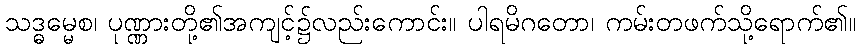
သဒ္ဓမ္မေစ၊ ပုဏ္ဏားတို့၏အကျင့်၌လည်းကောင်း။ ပါရမိဂတော၊ ကမ်းတဖက်သို့ရောက်၏။